342_HS1-416511228_319.1 Flying Discs 1949
Agency: Department of War
Incident date: 1/9/50
Page 47
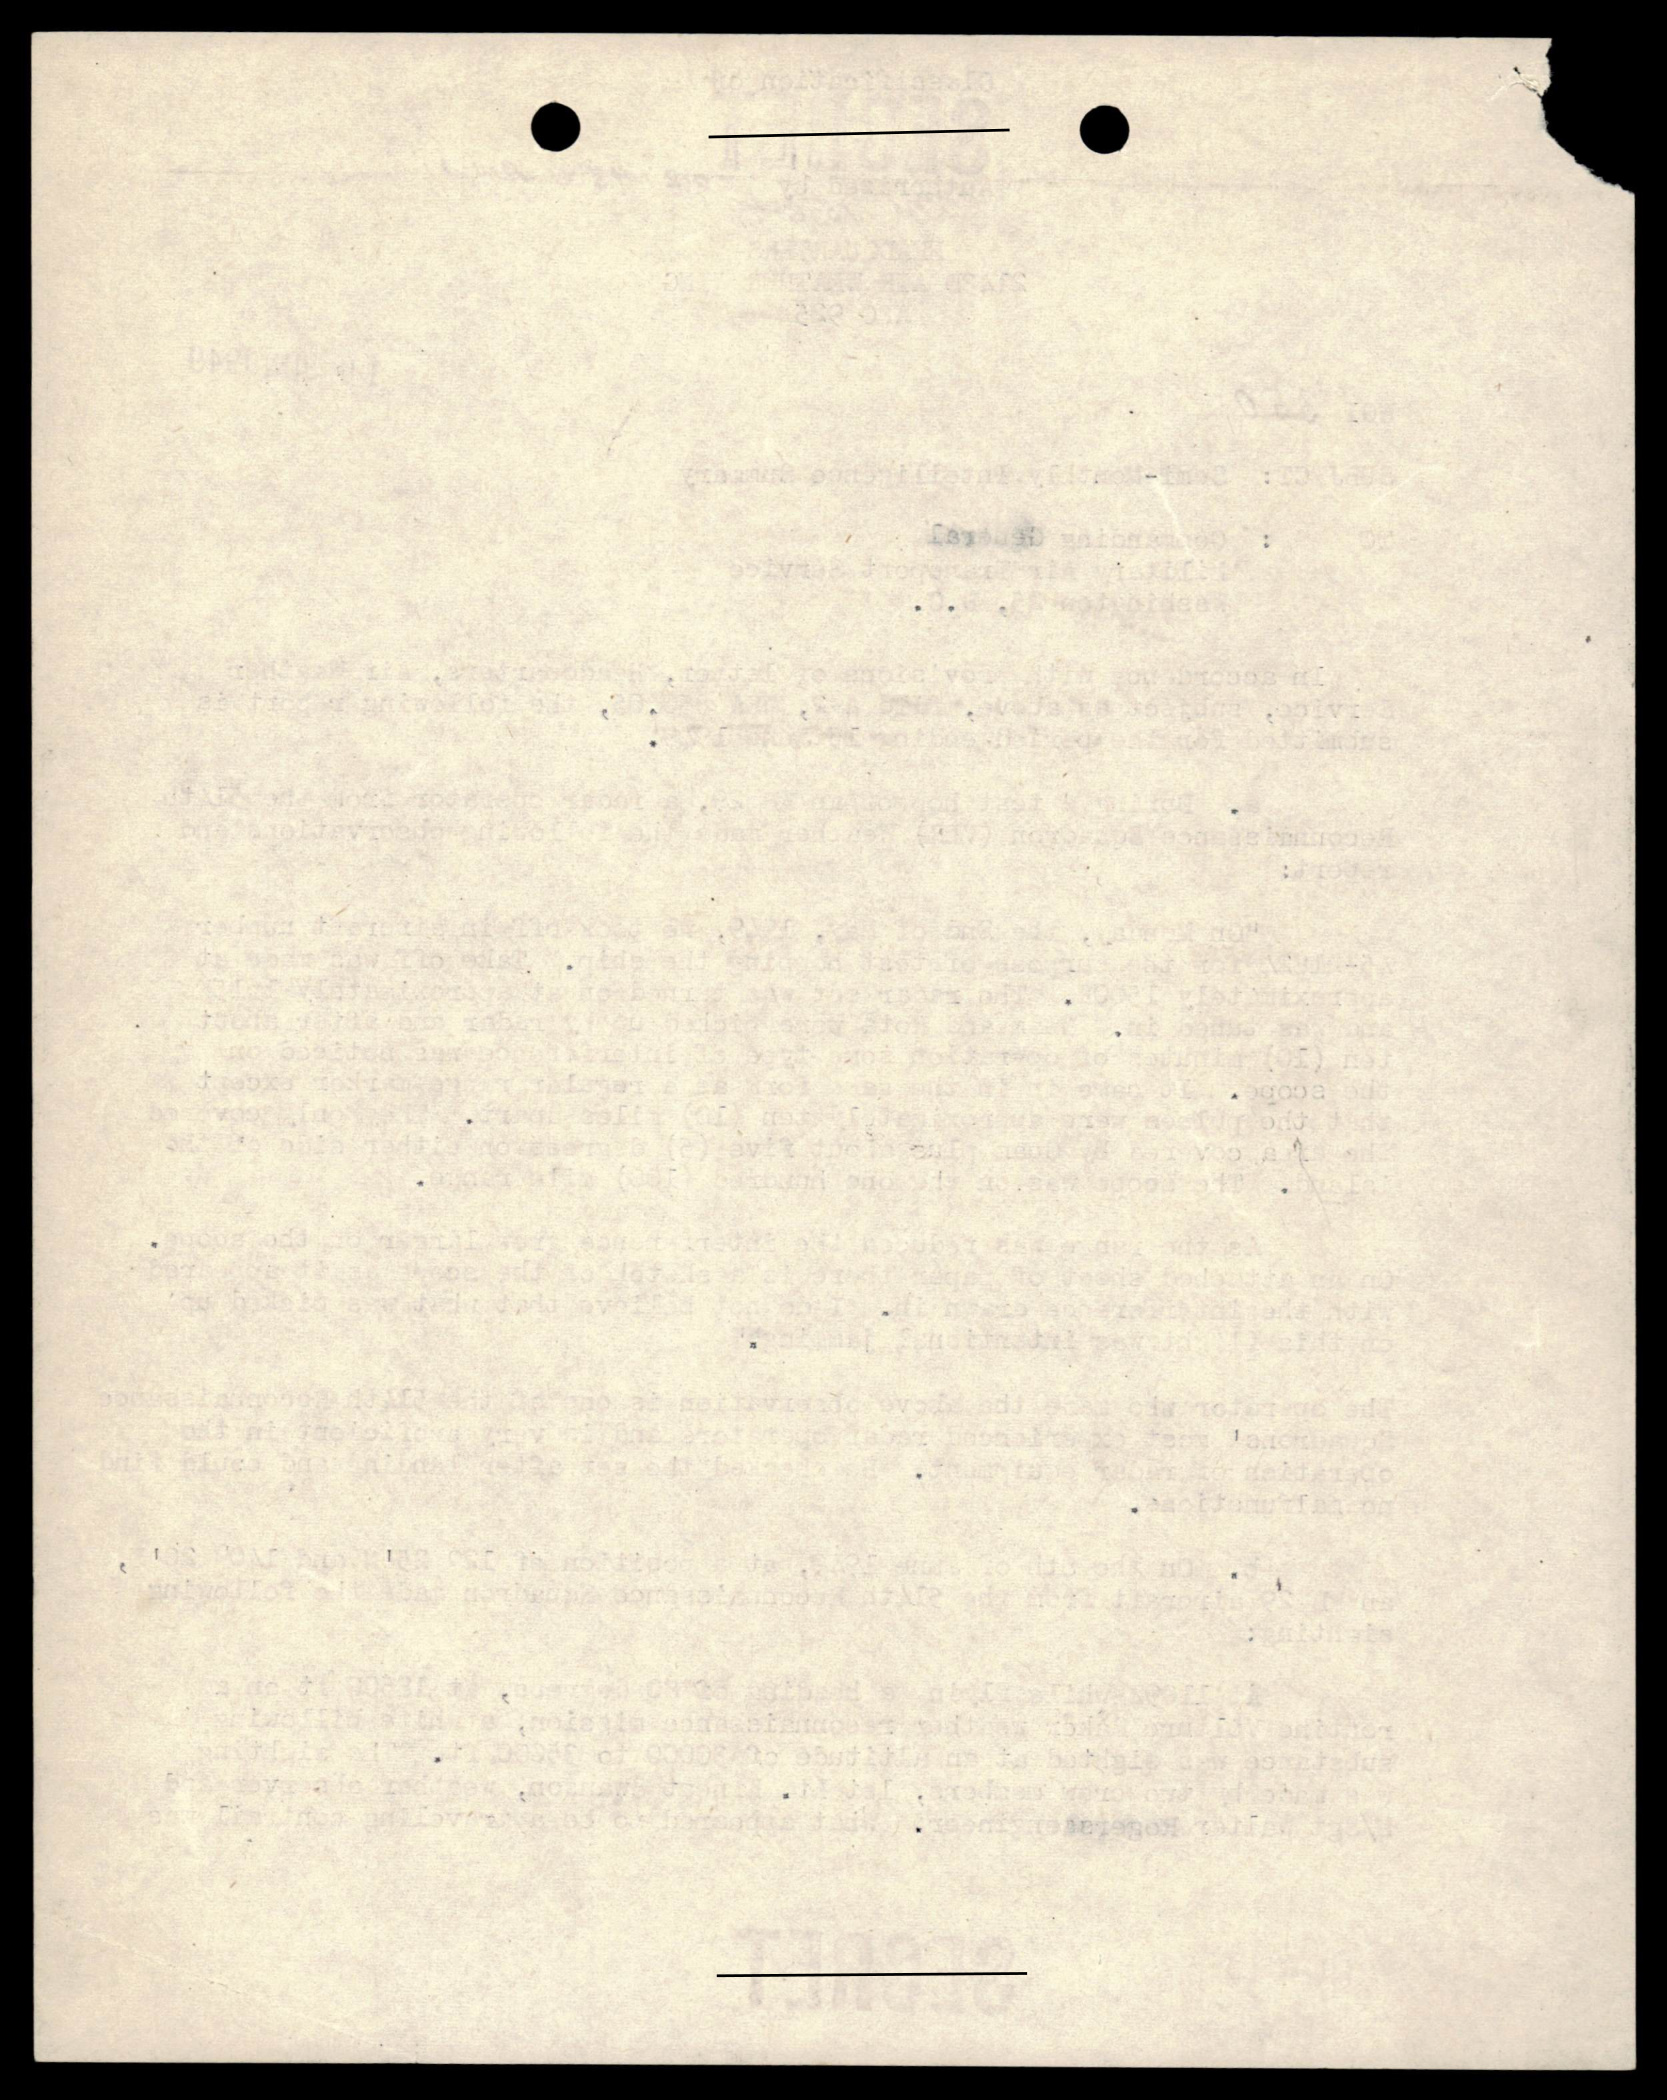